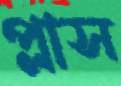
প্লাস